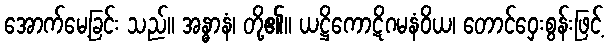
အောက်မေ့ခြင်း သည်။ အန္ဓာနံ၊ တို့၏။ ယဋ္ဌိကောဋိဂမနံဝိယ၊ တောင်ဝှေးစွန်းဖြင့်